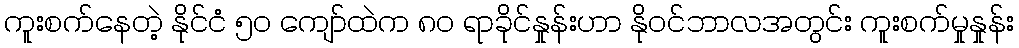
ကူးစက်နေတဲ့ နိုင်ငံ ၅၀ ကျော်ထဲက ၈၀ ရာခိုင်နှုန်းဟာ နိုဝင်ဘာလအတွင်း ကူးစက်မှုနှုန်း